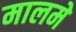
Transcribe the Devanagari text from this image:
मालमे